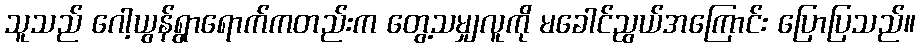
သူသည် ဂေါ့ယွန်ရွာရောက်ကတည်းက တွေ့သမျှလူကို မခေါင်ညွယ်အကြောင်း ပြောပြသည်။